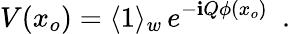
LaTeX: V(x_{o})=\langle1\rangle_{w}\, e^{-\mathbf{i}Q\phi(x_{o})}\, \, \, .